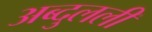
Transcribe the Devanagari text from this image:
अब्दुलली